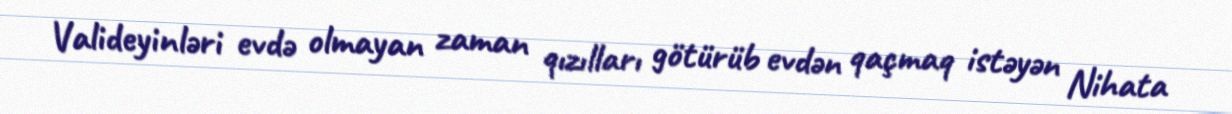
Valideyinləri evdə olmayan zaman qızılları götürüb evdən qaçmaq istəyən Nihata